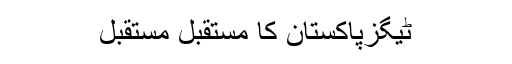
ٹیگزپاکستان کا مستقبل مستقبل